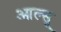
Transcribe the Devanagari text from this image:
आल्सू